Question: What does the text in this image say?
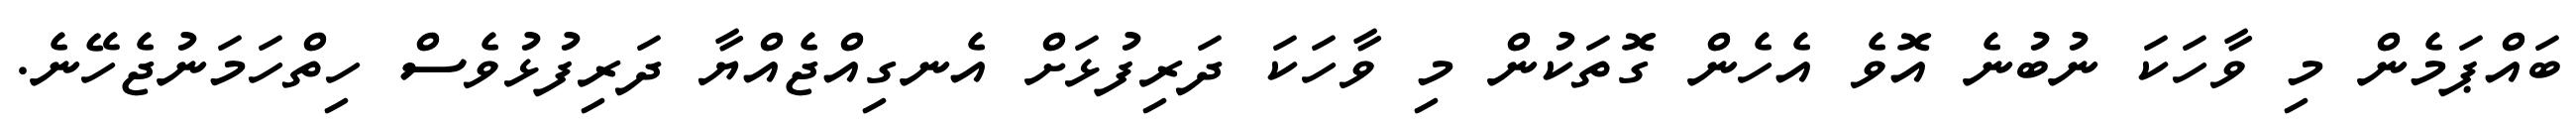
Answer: ބައްޕަމެން މި ވާހަކަ ނުބުނެ އޮވެ އެހެން ގޮތަކުން މި ވާހަކަ ދަރިފުޅަށް އެނގިއްޖެއްޔާ ދަރިފުޅުވެސް ހިތްހަމަނުޖެހޭނެ.